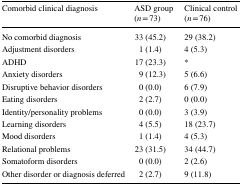
| Comorbid clinical diagnosis | ASD group(n = 73) | Clinical control(n = 76) |
 | --- | --- | --- |
 | No comorbid diagnosis | 33 (45.2) | 29 (38.2) |
 | Adjustment disorders | 1 (1.4) | 4 (5.3) |
 | ADHD | 17 (23.3) | * |
 | Anxiety disorders | 9 (12.3) | 5 (6.6) |
 | Disruptive behavior disorders | 0 (0.0) | 6 (7.9) |
 | Eating disorders | 2 (2.7) | 0 (0.0) |
 | Identity/personality problems | 0 (0.0) | 3 (3.9) |
 | Learning disorders | 4 (5.5) | 18 (23.7) |
 | Mood disorders | 1 (1.4) | 4 (5.3) |
 | Relational problems | 23 (31.5) | 34 (44.7) |
 | Somatoform disorders | 0 (0.0) | 2 (2.6) |
 | Other disorder or diagnosis deferred | 2 (2.7) | 9 (11.8) |